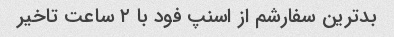
بدترین سفارشم از اسنپ فود با ۲ ساعت تاخیر